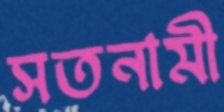
সতনামী